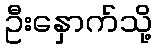
ဦးနှောက်သို့